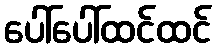
ပေါ်ပေါ်ထင်ထင်